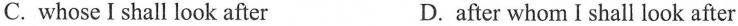
C. whose I shall look after D.after whom I shall look after